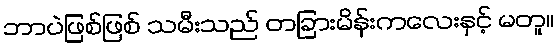
ဘာပဲဖြစ်ဖြစ် သမီးသည် တခြားမိန်းကလေးနှင့် မတူ။